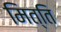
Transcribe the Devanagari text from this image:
मित्ति